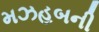
મઝહબની